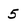
Character: 5